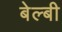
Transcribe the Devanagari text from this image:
बेल्बी